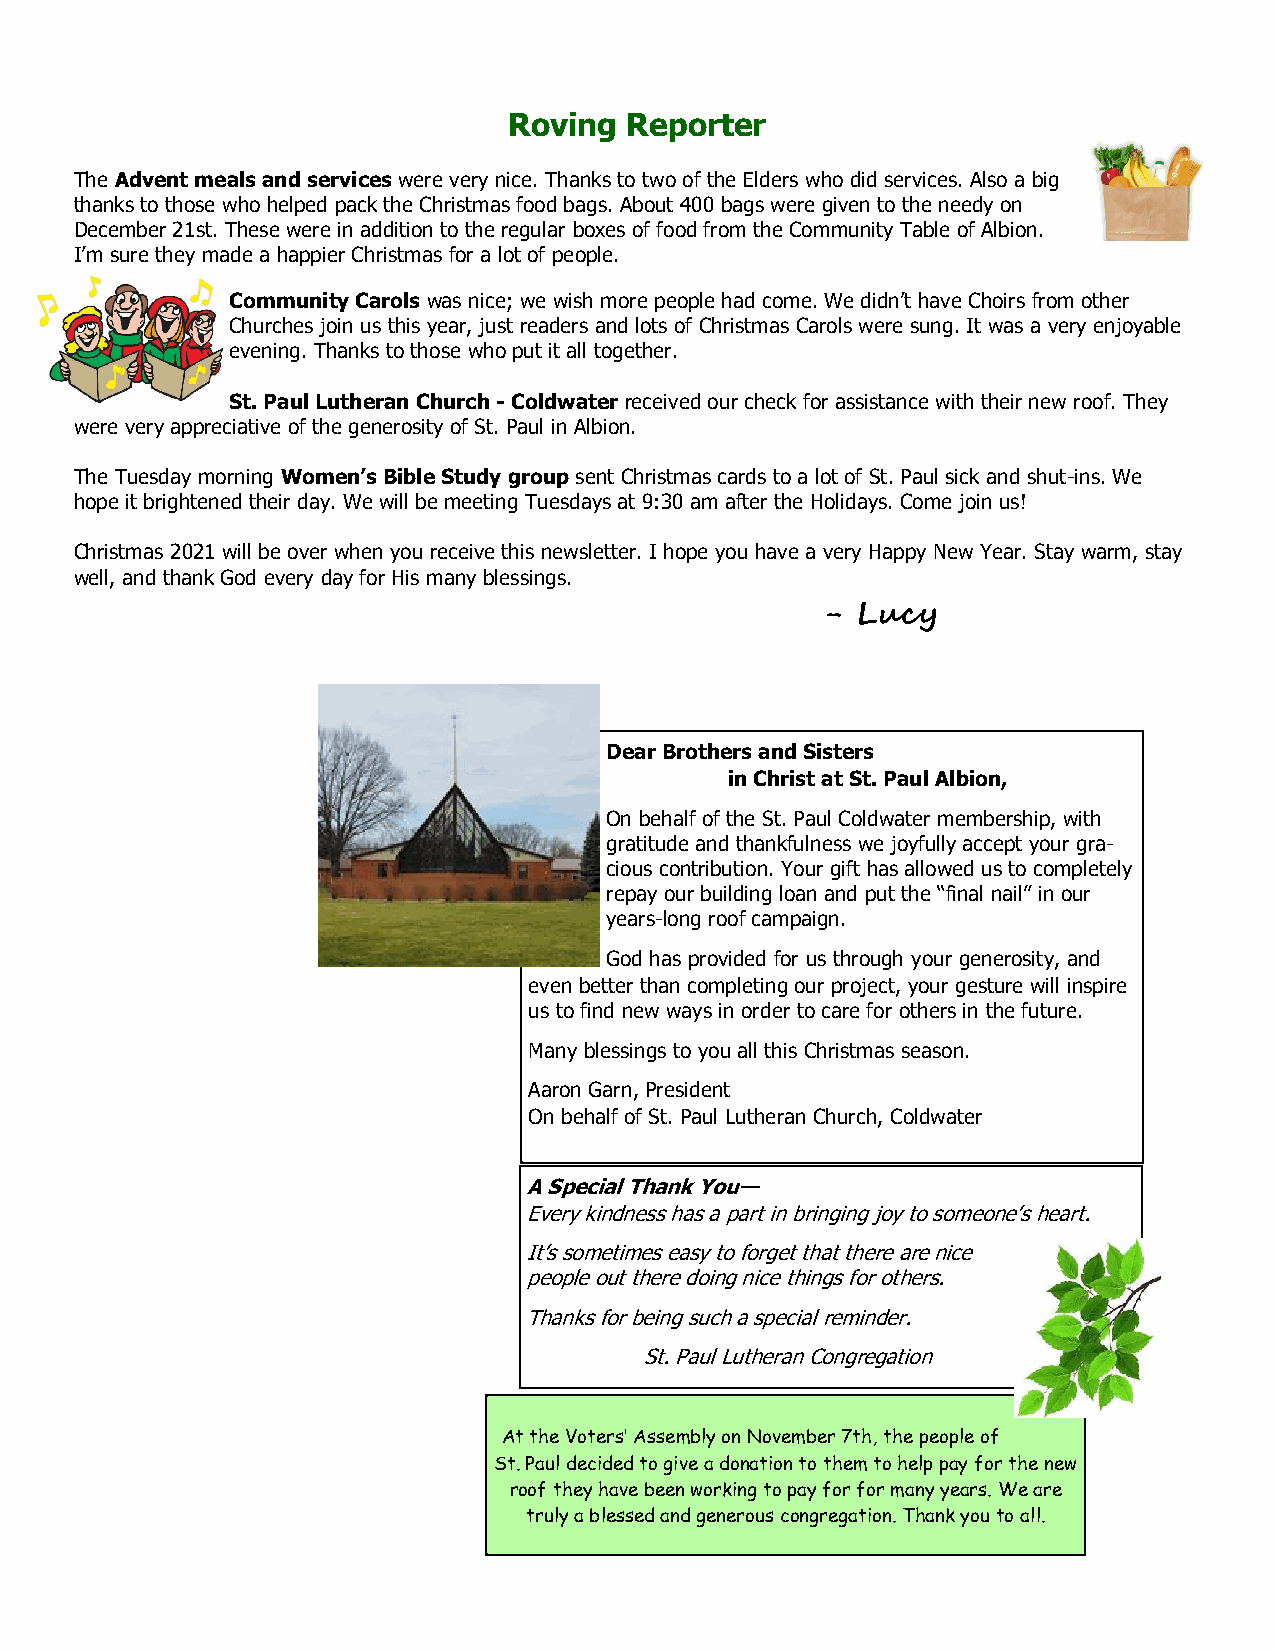
Roving Reporter
 The Advent meals and services were very nice. Thanks to two of the Elders who did services. Also a big
 thanks to those who helped pack the Christmas food bags. About 400 bags were given to the needy on
 December 21st. These were in addition to the regular boxes of food from the Community Table of Albion.
 I’m sure they made a happier Christmas for a lot of people.
 Community Carols was nice; we wish more people had come. We didn’t have Choirs from other
 Churches join us this year, just readers and lots of Christmas Carols were sung. It was a very enjoyable
 evening. Thanks to those who put it all together.
 St. Paul Lutheran Church - Coldwater received our check for assistance with their new roof. They
 were very appreciative of the generosity of St. Paul in Albion.
 The Tuesday morning Women’s Bible Study group sent Christmas cards to a lot of St. Paul sick and shut-ins. We
 hope it brightened their day. We will be meeting Tuesdays at 9:30 am after the Holidays. Come join us!
 Christmas 2021 will be over when you receive this newsletter. I hope you have a very Happy New Year. Stay warm, stay
 well, and thank God every day for His many blessings.
 - Lucy
 Dear Brothers and Sisters
 in Christ at St. Paul Albion,
 On behalf of the St. Paul Coldwater membership, with
 gratitude and thankfulness we joyfully accept your gra-
 cious contribution. Your gift has allowed us to completely
 repay our building loan and put the “final nail” in our
 years-long roof campaign.
 God has provided for us through your generosity, and
 even better than completing our project, your gesture will inspire
 us to find new ways in order to care for others in the future.
 Many blessings to you all this Christmas season.
 Aaron Garn, President
 On behalf of St. Paul Lutheran Church, Coldwater
 A Special Thank You—
 Every kindness has a part in bringing joy to someone’s heart.
 It’s sometimes easy to forget that there are nice
 people out there doing nice things for others.
 Thanks for being such a special reminder.
 St. Paul Lutheran Congregation
 At the Voters’ Assembly on November 7th, the people of
 St. Paul decided to give a donation to them to help pay for the new
 roof they have been working to pay for for many years. We are
 truly a blessed and generous congregation. Thank you to all.